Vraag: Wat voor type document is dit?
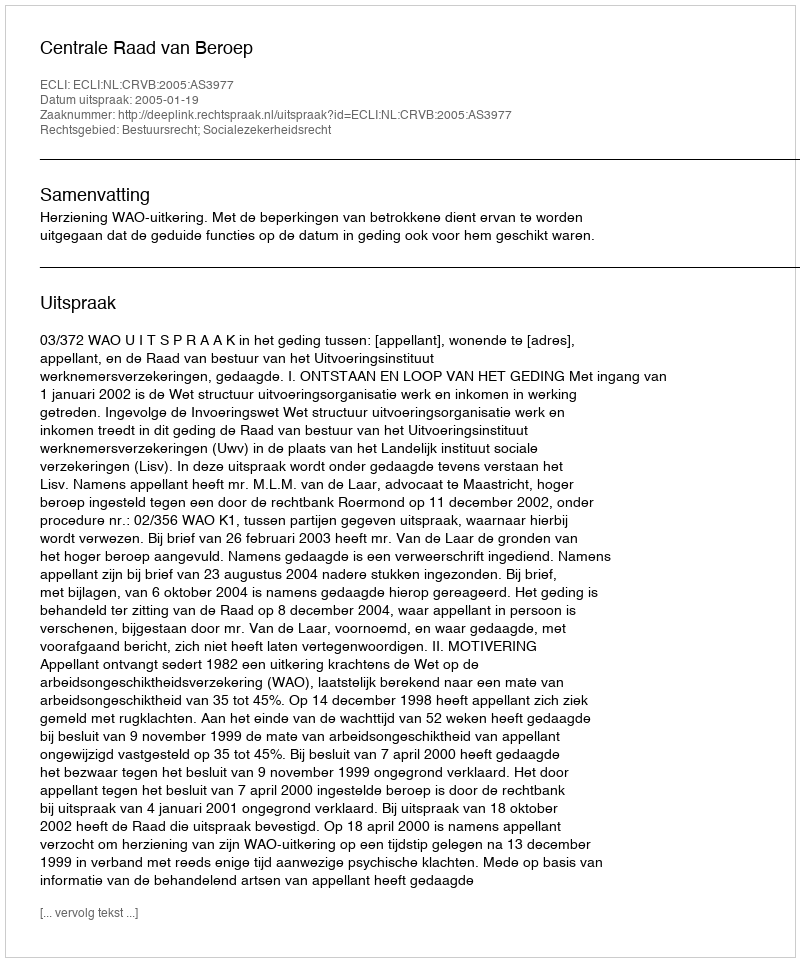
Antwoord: Uitspraak